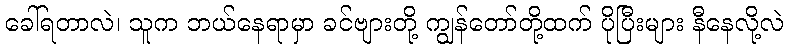
ခေါ်ရတာလဲ၊ သူက ဘယ်နေရာမှာ ခင်ဗျားတို့ ကျွန်တော်တို့ထက် ပိုပြီးများ နီနေလို့လဲ